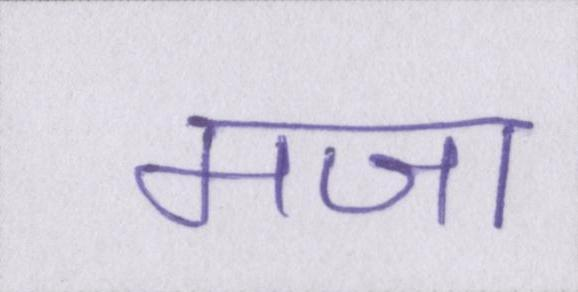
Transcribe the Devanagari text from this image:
मजा